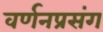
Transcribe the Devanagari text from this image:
वर्णनप्रसंग